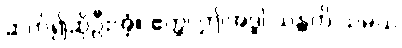
ဆက်၍ဆိုဦးအံ့။ ဧတ္ထ၊ ဤအဒ္ဓါ သန္တတိ သမယ